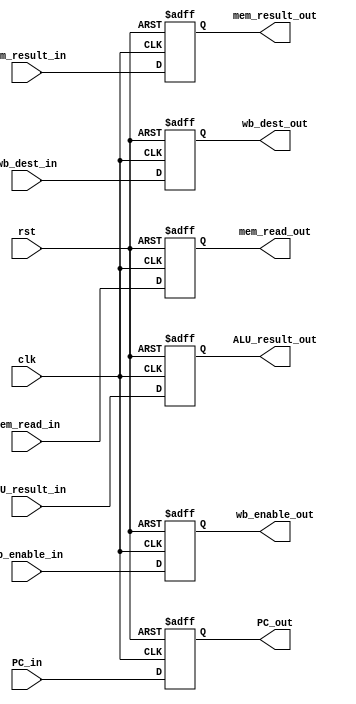
module mem_stage_reg(
  input clk, rst,
  input [31:0] PC_in,
  input mem_read_in, wb_enable_in,
  input [3:0] wb_dest_in,
  input [31:0] ALU_result_in, mem_result_in,
  
  output reg [31:0] PC_out,
  output reg mem_read_out, wb_enable_out,
  output reg [3:0] wb_dest_out,
  output reg [31:0] ALU_result_out, mem_result_out
);

  always@(posedge clk, posedge rst) begin
    if(rst) begin
      PC_out <= 32'b0;
      {mem_read_out, wb_enable_out, wb_dest_out, ALU_result_out, mem_result_out} <= 0;
    end
    else begin
      PC_out <= PC_in;
      {mem_read_out, wb_enable_out, wb_dest_out, ALU_result_out, mem_result_out} <= 
          {mem_read_in, wb_enable_in, wb_dest_in, ALU_result_in, mem_result_in};
    end
  end
  
endmodule